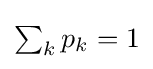
{\textstyle \sum _{k}p_{k}=1}